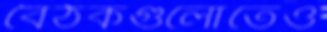
বৈঠকগুলোতেও